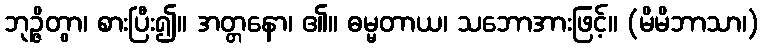
ဘုဉ္ဇိတွာ၊ စားပြီး၍။ အတ္တနော၊ ၏။ ဓမ္မတာယ၊ သဘောအားဖြင့်။ (မိမိဘာသာ၊)